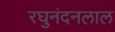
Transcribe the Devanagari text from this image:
रघुनंदनलाल